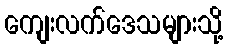
ကျေးလက်ဒေသများသို့